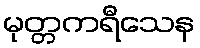
မုတ္တကရီသေန